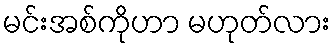
မင်းအစ်ကိုဟာ မဟုတ်လား